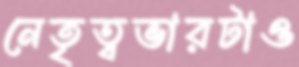
নেতৃত্বভারটাও